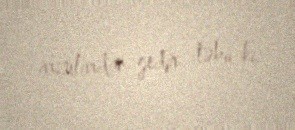
arzulardan gedir təbii ki.